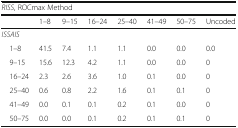
| <COLSPAN=8> RISS, ROCmax Method |
 |  | 1–8 | 9–15 | 16–24 | 25–40 | 41–49 | 50–75 | Uncoded |
 | --- | --- | --- | --- | --- | --- | --- | --- |
 | <COLSPAN=8> ISSAIS |
 | 1–8 | 41.5 | 7.4 | 1.1 | 1.1 | 0.0 | 0.0 | 0.0 |
 | 9–15 | 15.6 | 12.3 | 4.2 | 1.1 | 0.0 | 0.0 | 0 |
 | 16–24 | 2.3 | 2.6 | 3.6 | 1.0 | 0.1 | 0.0 | 0 |
 | 25–40 | 0.6 | 0.8 | 2.2 | 1.6 | 0.1 | 0.1 | 0 |
 | 41–49 | 0.0 | 0.1 | 0.1 | 0.2 | 0.1 | 0.0 | 0 |
 | 50–75 | 0.0 | 0.0 | 0.1 | 0.2 | 0.1 | 0.1 | 0 |